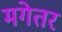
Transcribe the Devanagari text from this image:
मगेतर